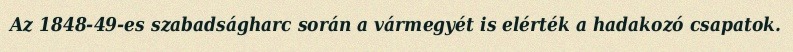
Az 1848-49-es szabadságharc során a vármegyét is elérték a hadakozó csapatok.